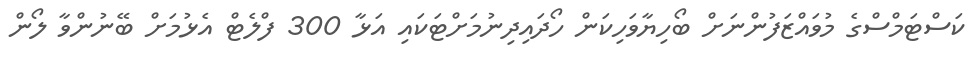
ކަސްޓަމްސްގެ މުވައްޒަފުންނަށް ބޯހިޔާވަހިކަން ހޯދައިދިނުމަށްޓަކައި އަޅާ 300 ފްލެޓް އެޅުމަށް ބޭނުންވާ ލޯން